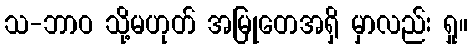
သ-ဘာဝ သို့မဟုတ် အမြုတေအရှိ မှာလည်း ရှု။